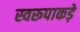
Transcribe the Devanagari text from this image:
स्वरूपाकड़े